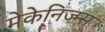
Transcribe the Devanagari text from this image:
मेकेनिज्म्स